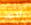
أبعد